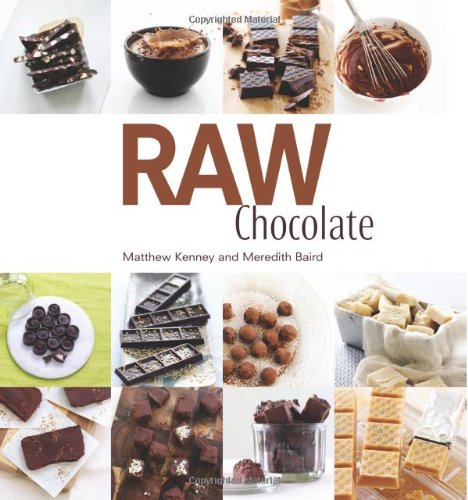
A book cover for Raw Chocolate; Matthew Kenney; Cookbooks, Food & Wine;